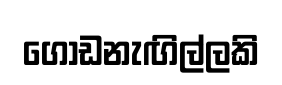
ගොඩනැඟිල්ලකි